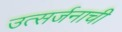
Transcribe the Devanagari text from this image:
उत्सर्जनाची